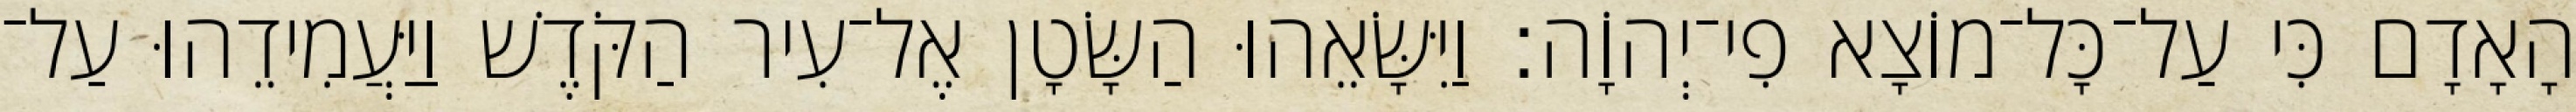
הָאָדָם כִּי עַל־כָּל־מוֹצָא פִי־יְהוָֹה׃ וַיִּשָּׂאֵהוּ הַשָּׂטָן אֶל־עִיר הַקֹּדֶשׁ וַיַּעֲמִידֵהוּ עַל־